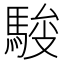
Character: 𱄢